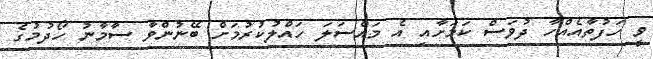
ވީ ހަފުތާއެއްހާ ދުވަސް ކަމަށާއި އެ މައްސަލަ ހައްލުކުރުމަށް ބޭނުންވާ ސާމާނު ހޯދުމުގެ